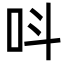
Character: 呌